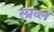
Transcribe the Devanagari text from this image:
स्प्रव्ल